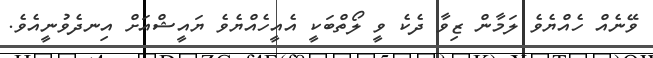
ވޭނެއް ހެއްޔެވެ ލަމާން ޒިވާ ދެކެ ވީ ލޯތްބަކީ އެއީހެއްޔެވެ ޔައީޝްއަށް އިނދެވުނީއެވެ.